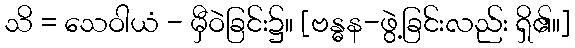
သိ = သေဝါယံ - မှီဝဲခြင်း၌။ [ဗန္ဓန-ဖွဲ့ခြင်းလည်း ရှိ၏။]